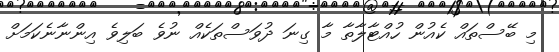
މި ބޭސްތައް ކެއުން ހުއްޓާލާތާ މާ ގިނަ ދުވަސްތަކެއް ނުވެ ބަލިވެ އިންނާނެކަމަށް